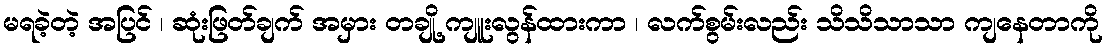
မရခဲ့တဲ့ အပြင် ၊ ဆုံးဖြတ်ချက် အမှား တချို့ ကျူးလွန်ထားကာ ၊ လက်စွမ်းလည်း သိသိသာသာ ကျနေတာကို